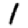
Digit: 1